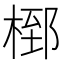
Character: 𭪸